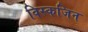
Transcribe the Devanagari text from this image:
विस्कजिन